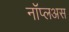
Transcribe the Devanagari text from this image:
नॉप्लअस